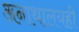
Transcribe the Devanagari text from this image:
अनाथालयही